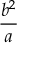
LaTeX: \frac { b ^ { 2 } } { a }